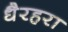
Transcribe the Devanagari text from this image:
धैरहरा